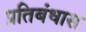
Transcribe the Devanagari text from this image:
प्रतिबंधास